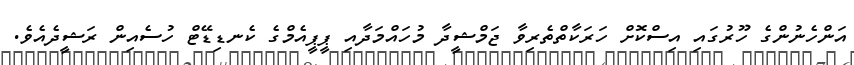
އަންހެނުންގެ ހޫރުގައި އިސްކޮށް ހަރަކާތްތެރިވާ ޖަމްޝީދާ މުހައްމަދާއި ޕީޕީއެމްގެ ކެނޑިޑޭޓް ހުސެއިން ރަޝީދެއެވެ.